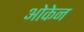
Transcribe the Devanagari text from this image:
ओकेन